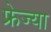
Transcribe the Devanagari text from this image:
फ्रेज्या